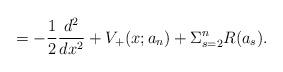
LaTeX: \begin{align*}= -\frac{1}{2}\frac{d^{2}}{dx^{2}} + V_{+}(x;a_{n}) + \Sigma_{s=2}^{n}R(a_s).\end{align*}